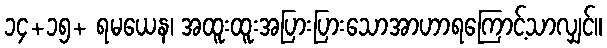
၁၄+၁၅+ ရမယေန၊ အထူးထူးအပြားပြားသောအာဟာရကြောင့်သာလျှင်။